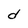
Character: d